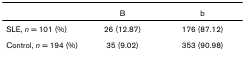
|  | B | b |
 | --- | --- | --- |
 | SLE, n = 101 (%) | 26 (12.87) | 176 (87.12) |
 | Control, n = 194 (%) | 35 (9.02) | 353 (90.98) |